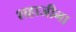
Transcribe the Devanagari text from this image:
शहाजीना